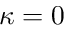
\kappa = 0